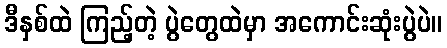
ဒီနှစ်ထဲ ကြည့်တဲ့ ပွဲတွေထဲမှာ အကောင်းဆုံးပွဲပဲ။